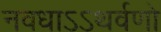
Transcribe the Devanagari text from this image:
नवधाऽऽथर्वणो